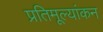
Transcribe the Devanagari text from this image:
प्रतिमूल्यांकन